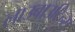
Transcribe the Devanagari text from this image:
लाउबाउटिन्स